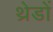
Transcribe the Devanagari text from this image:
थ्रेडों